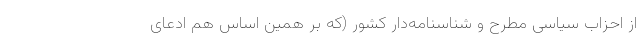
از احزاب سیاسی مطرح و شناسنامه‌دار کشور (که بر همین اساس هم ادعای